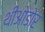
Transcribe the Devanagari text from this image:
थीओडोर